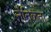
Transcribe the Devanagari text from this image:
नैतिकता